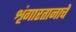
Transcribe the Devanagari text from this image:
शृंगारतानाचे